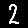
Digit: 2